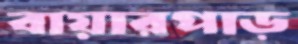
বায়ারপাড়